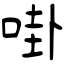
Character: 啩